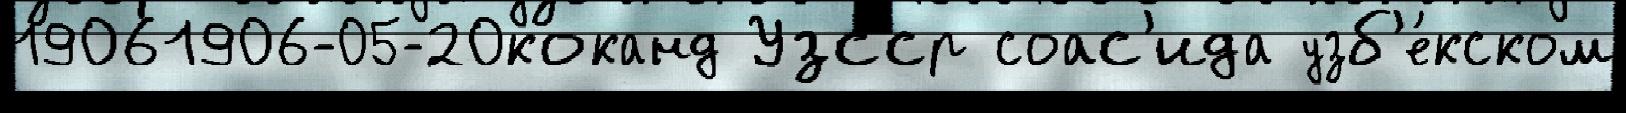
19061906-05-20коканд Узсср соас'ида узб'е́кском